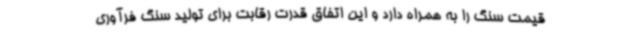
قیمت سنگ را به همراه دارد و این اتفاق قدرت رقابت برای تولید سنگ فرآوری